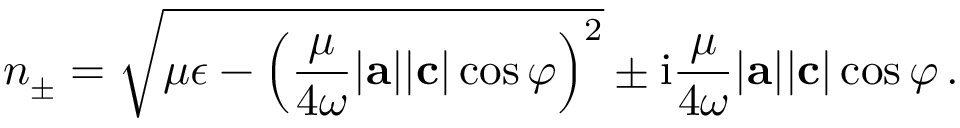
n _ { \pm } = \sqrt { \mu \epsilon - \left( \frac { \mu } { { 4 \omega } } | \mathbf { a } | | \mathbf { c } | \cos \varphi \right) ^ { 2 } } \pm \mathrm { i } \frac { \mu } { { 4 \omega } } | \mathbf { a } | | \mathbf { c } | \cos \varphi \, .